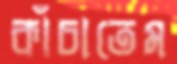
কাঁচাতেম